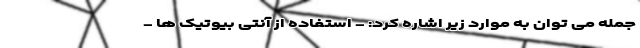
جمله می توان به موارد زیر اشاره کرد: - استفاده از آنتی بیوتیک ها -